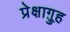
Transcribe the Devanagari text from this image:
प्रेक्षाग़्रुह